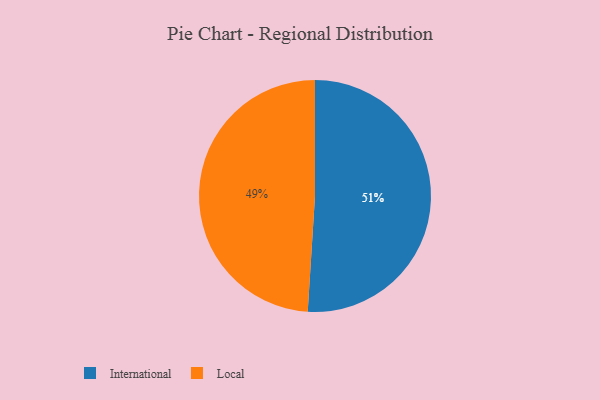
{"axis": {"x": "Category", "y": "Percentage"}, "legend": ["International", "Local"], "data": [{"x": "International", "y": 51, "type": "International"}, {"x": "Local", "y": 49, "type": "Local"}]}